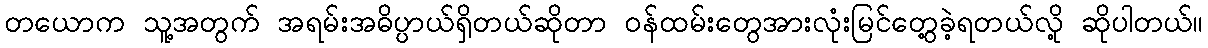
တယောက သူ့အတွက် အရမ်းအဓိပ္ပာယ်ရှိတယ်ဆိုတာ ဝန်ထမ်းတွေအားလုံးမြင်တွေ့ခဲ့ရတယ်လို့ ဆိုပါတယ်။